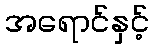
အရောင်နှင့်